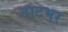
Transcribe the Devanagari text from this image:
ताटभर